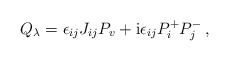
\begin{align*}Q_\lambda=\epsilon_{ij}J_{ij}P_v+{\rm i}\epsilon_{ij}P_i^+P_j^-\,,\end{align*}